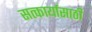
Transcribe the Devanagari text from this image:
सत्कार्यासाठी